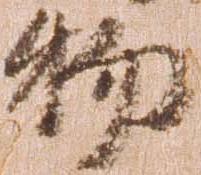
物